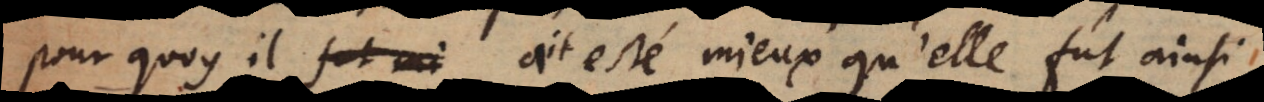
pourquoy il ait esté mieux qu’elle fût ainsi